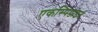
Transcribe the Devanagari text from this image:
एकस्पिडाइट